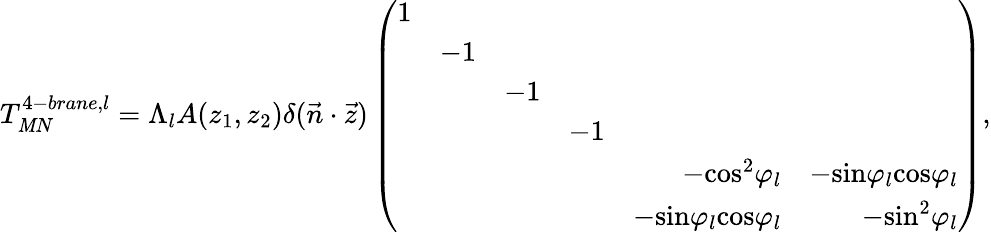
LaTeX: T_{\mathit{M}N}^{4-brane,l}=\Lambda_{l}A(z_{1},z_{2})\delta(\vec{{n}}\cdot\vec{{z}})\left(\begin{array}{rrrrrr}{{1}}&{{}}&{{}}&{{}}&{{}}&{{}}\\ {{}}&{{-1}}&{{}}&{{}}&{{}}&{{}}\\ {{}}&{{}}&{{-1}}&{{}}&{{}}&{{}}\\ {{}}&{{}}&{{}}&{{-1}}&{{}}&{{}}\\ {{}}&{{}}&{{}}&{{}}&{{-\mathrm{cos}^{2}\varphi_{l}}}&{{-\mathrm{sin}\varphi_{l}\mathrm{cos}\varphi_{l}}}\\ {{}}&{{}}&{{}}&{{}}&{{-\mathrm{sin}\varphi_{l}\mathrm{cos}\varphi_{l}}}&{{-\mathrm{sin}^{2}\varphi_{l}}}\end{array}\right),